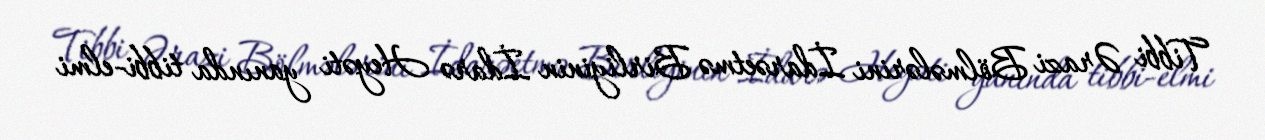
Tibbi Ərazi Bölmələrini İdarəetmə Birliyinin İdarə Heyəti yanında tibbi-elmi